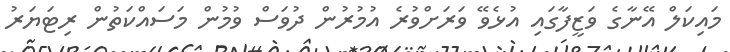
މައިކަލް އޭނާގެ ވަޒީފާގައި އުޅެވޭ ވަރަށްވުރެ އުމުރުން ދުވަސް ވުމުން މަސައްކަތުން ރިޓަޔަރު